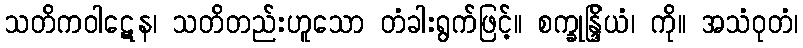
သတိကဝါဋေန၊ သတိတည်းဟူသော တံခါးရွက်ဖြင့်။ စက္ခုန္ဒြိယံ၊ ကို။ အသံဝုတံ၊